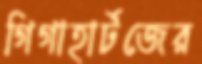
গিগাহার্টজের